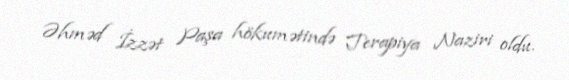
Əhməd İzzət Paşa hökumətində Terapiya Naziri oldu.